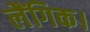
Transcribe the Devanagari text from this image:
लैंगिक।